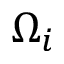
\Omega _ { i }